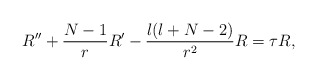
\begin{align*}R''+\frac{N-1}{r}R'-\frac{l(l+N-2)}{r^2}R=\tau R,\end{align*}